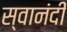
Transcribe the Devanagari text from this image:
स्वानंदीं